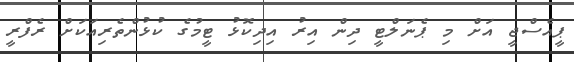
ޕީއެސްޖީ އަށް މި ޕެނަލްޓީ ދިން އިރު އިދިކޮޅު ޓީމުގެ ކުޅުންތެރިއަކަށް ރެފްރީ